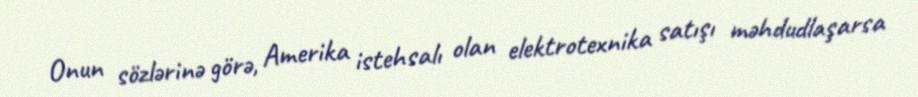
Onun sözlərinə görə, Amerika istehsalı olan elektrotexnika satışı məhdudlaşarsa